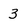
Character: 3